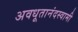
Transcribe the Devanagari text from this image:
अवधूतानंदस्वामी